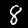
Digit: 8